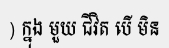
) ក្នុង មួយ ជីវិត បើ មិន